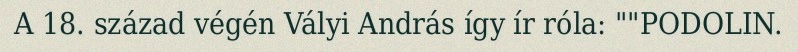
A 18. század végén Vályi András így ír róla: ""PODOLIN.